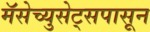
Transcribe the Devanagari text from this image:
मॅसेच्युसेट्सपासून